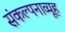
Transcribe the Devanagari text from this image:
संकल्पनाव्यूह